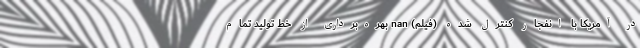
در آمریکا با انفجار کنترل شده (فیلم) nan بهره‌برداری از خط تولید تمام